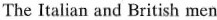
The Italian and British men